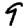
Digit: 9